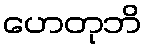
ဟေတုဘိ